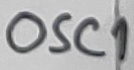
Text: OSC1